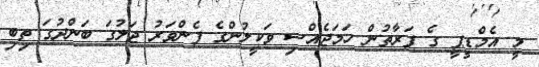
މީ އެމްޑީޕީ ގެ ފަރާތުން ހަމަޖެއްސި ވަކީލުންގެ ފެންވަރު ޖަލުގަ ބަންދުގަ ތިބި